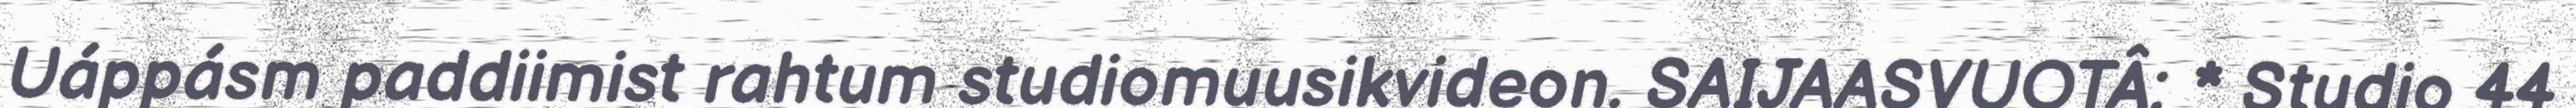
Uáppásm paddiimist rahtum studiomuusikvideon. SAIJAASVUOTÂ: * Studio 44